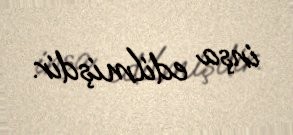
inşa edilmişdir.